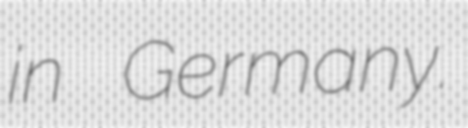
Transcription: in Germany.